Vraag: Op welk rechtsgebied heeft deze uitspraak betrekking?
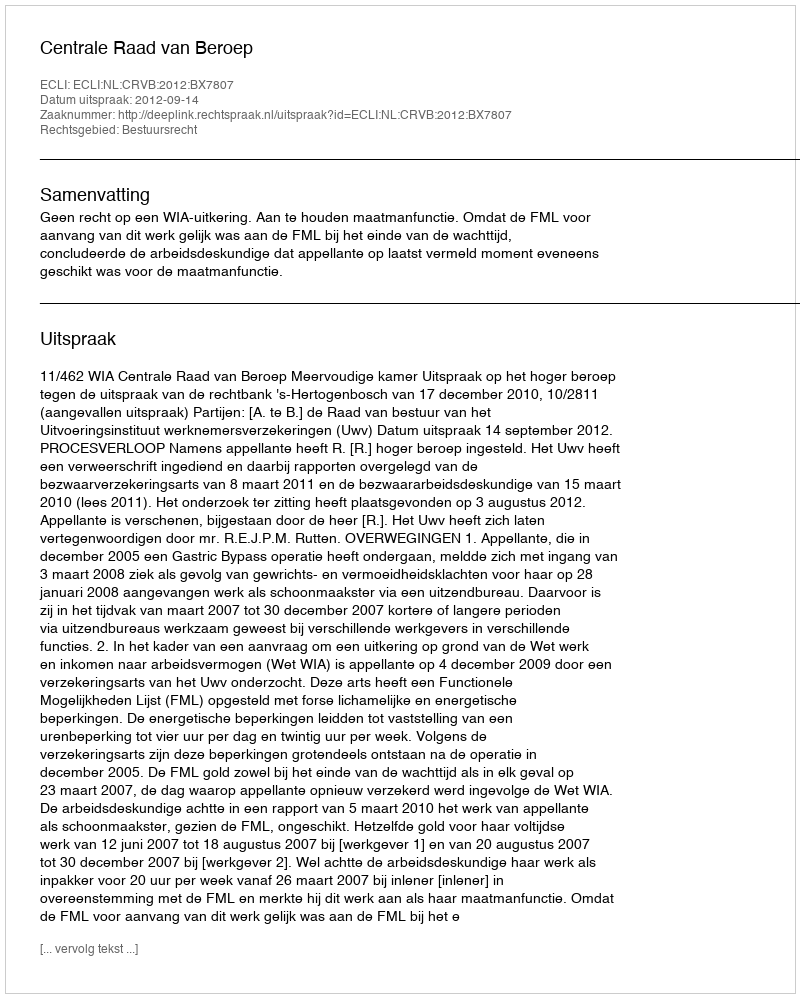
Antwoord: Bestuursrecht